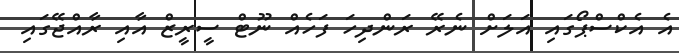
އެ އެކްސްޕޯގައި އަލަށް ނެރޭ ރަންދިހަ ފަހެއް ނޫޓް ސީރީޒް އާއި ރާއްޖޭގައި